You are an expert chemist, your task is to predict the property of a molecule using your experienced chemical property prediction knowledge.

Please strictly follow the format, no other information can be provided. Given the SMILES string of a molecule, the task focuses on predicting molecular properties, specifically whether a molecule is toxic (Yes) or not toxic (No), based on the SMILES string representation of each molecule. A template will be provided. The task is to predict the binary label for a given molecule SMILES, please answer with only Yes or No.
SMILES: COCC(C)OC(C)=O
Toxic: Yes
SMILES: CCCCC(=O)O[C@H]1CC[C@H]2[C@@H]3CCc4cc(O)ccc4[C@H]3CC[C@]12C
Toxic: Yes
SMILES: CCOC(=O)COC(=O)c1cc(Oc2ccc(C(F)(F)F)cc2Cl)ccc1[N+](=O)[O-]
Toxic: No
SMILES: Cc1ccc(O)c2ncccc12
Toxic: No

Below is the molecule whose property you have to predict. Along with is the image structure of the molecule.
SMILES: O=C(Nc1ccc(Cl)c(Cl)c1)c1cc(Cl)cc(Cl)c1O
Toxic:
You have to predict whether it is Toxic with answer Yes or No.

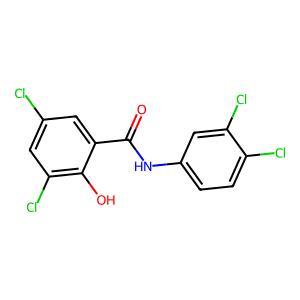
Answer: No